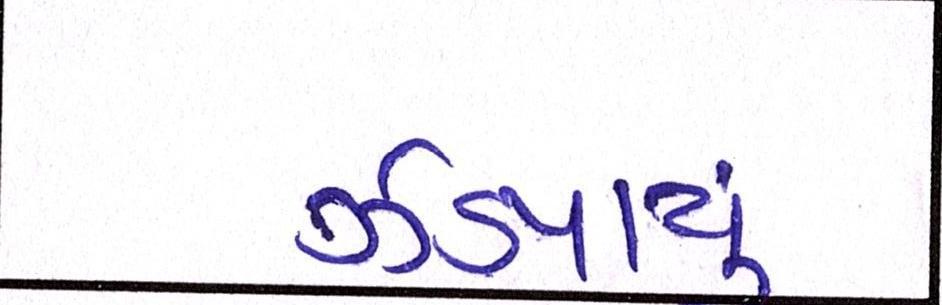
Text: ઝડપાયું